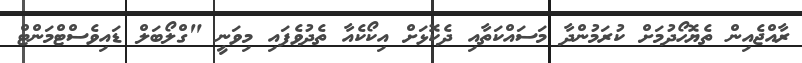
ރާއްޖެއިން ތެޔޮހޯދުމަށް ކުރަމުންދާ މަސައްކަތާއި ދެކޮޅަށް އިކޯކެއާ ތެދުވެފައި މިވަނީ "ގްލޯބަލް ޑައިވެސްޓްމަންޓް